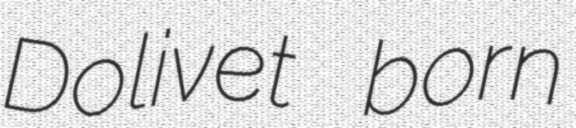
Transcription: Dolivet born